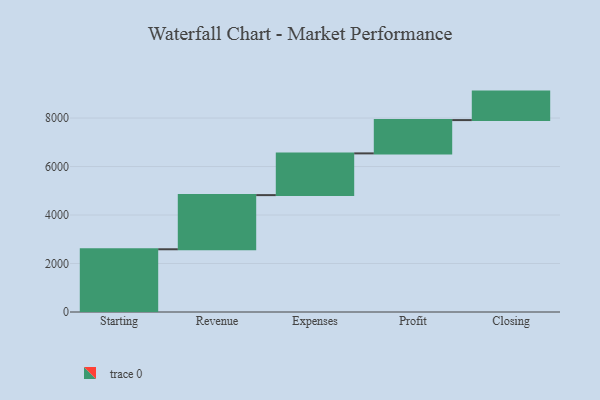
{"axis": {"x": "Step", "y": "Value"}, "legend": [""], "data": [{"x": "Starting", "y": 2587.0, "type": ""}, {"x": "Revenue", "y": 2234.0, "type": ""}, {"x": "Expenses", "y": 1721.0, "type": ""}, {"x": "Profit", "y": 1373.0, "type": ""}, {"x": "Closing", "y": 1175.0, "type": ""}]}